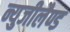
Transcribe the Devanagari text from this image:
न्युजीलैण्ड